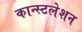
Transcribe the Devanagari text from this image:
कान्स्टलेशन